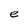
Character: e